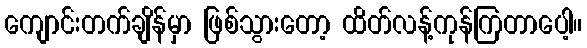
ကျောင်းတက်ချိန်မှာ ဖြစ်သွားတော့ ထိတ်လန့်ကုန်ကြတာပေါ့။